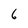
Character: 6